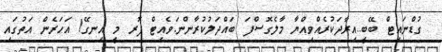
ގުޑްނައިޓް ބޭބީ..އިރާދަކުރެއްވިއްޔާ މާލެގޮސްފަ ބައްދަލުކުރާންނަ.ވެއިޓް ފޮރ މީ އިނގޭ! އަހަރެން އަތުގައި